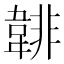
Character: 𩎻